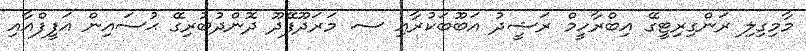
މާމިގިލި ރަންގިރިޓީގޭ އިބްރާހީމް ރަޝީދު އަބޫބަކުރާއި ސ. މަރަދޫފޭދޫ ދޮންދުބުރިގޭ ޙުސައިން އަފީފްއާއި